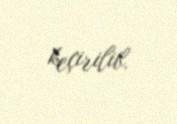
keçirilib.